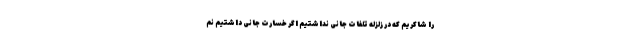
را شاکریم که در زلزله تلفات جانی نداشتیم اگر خسارت جانی داشتیم نم